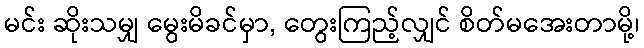
မင်း ဆိုးသမျှ မွေးမိခင်မှာ, တွေးကြည့်လျှင် စိတ်မအေးတာမို့၊